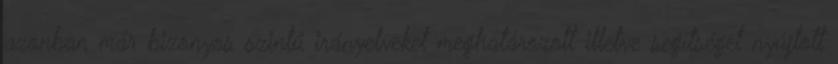
azonban már bizonyos szintű irányelveket meghatározott illetve segítséget nyújtott